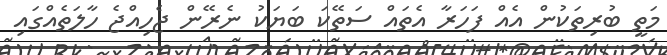
މަތީ ބުރިތަކުން އެއް ފަހަރާ އެތައް ސަތޭކަ ބަޔަކު ނެރޭން ޖެހިއްޖެ ހާލަތެއްގައި